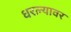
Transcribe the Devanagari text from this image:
धरल्यावर